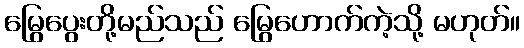
မြွေပွေးတို့မည်သည် မြွေဟောက်ကဲ့သို့ မဟုတ်။